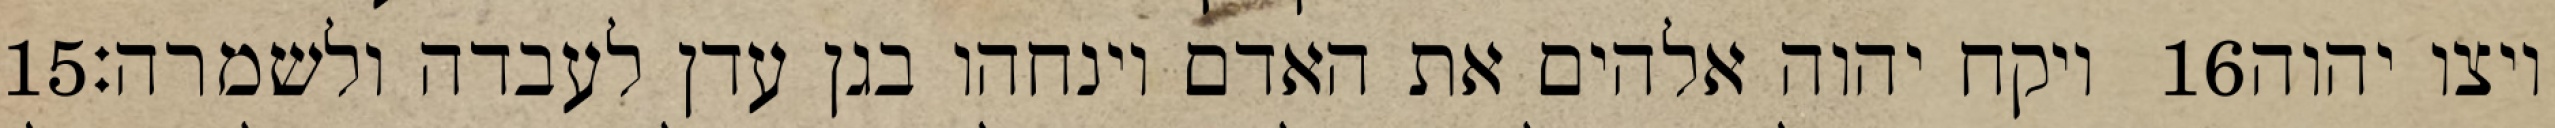
‎15‏ ויקח יהוה אלהים את האדם וינחהו בגן עדן לעבדה ולשמרה׃ ‎16‏ ויצו יהוה